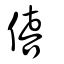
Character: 僖